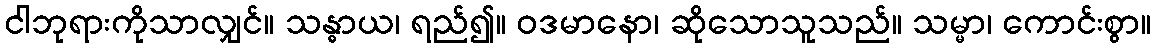
ငါဘုရားကိုသာလျှင်။ သန္ဓာယ၊ ရည်၍။ ဝဒမာနော၊ ဆိုသောသူသည်။ သမ္မာ၊ ကောင်းစွာ။